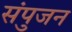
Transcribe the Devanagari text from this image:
संपुजन